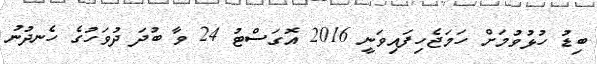
ބިޑު ހުޅުވުމަށް ހަމަޖެހިފައިވަނީ 2016 އޮގަސްޓު 24 ވާ ބުދަ ދުވަހުގެ ހެނދުނު